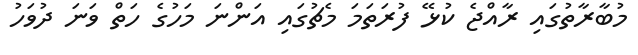
މުބާރާތުގައި ރާއްޖެ ކުޅޭ ފުރަތަމަ މެޗުގައި އަންނަ މަހުގެ ހަތް ވަނަ ދުވަހު